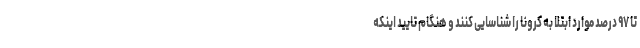
تا ۹۷ درصد موارد ابتلا به کرونا را شناسایی کنند و هنگام تایید اینکه